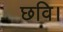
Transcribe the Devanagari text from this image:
छवि।